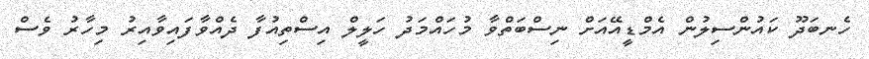
ހެނބަދޫ ކައުންސިލުން އެމްޑީއޭއަށް ނިސްބަތްވާ މުހައްމަދު ހަލީލް އިސްތިއުފާ ދެއްވާފައިވާއިރު މިހާރު ވެސް